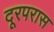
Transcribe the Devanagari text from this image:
दूरपरास